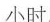
小时。